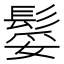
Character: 𩭏